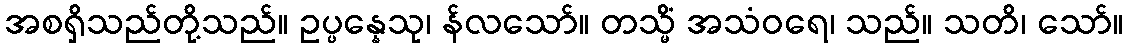
အစရှိသည်တို့သည်။ ဥပ္ပန္နေသု၊ န်လသော်။ တသ္မိံ အသံဝရေ၊ သည်။ သတိ၊ သော်။